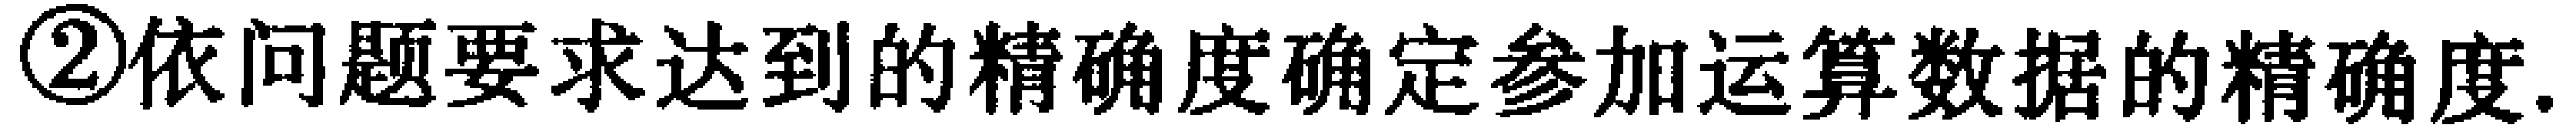
\textcircled{2}依问题要求达到的精确度确定参加运算数据的精确度.